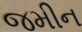
જમીન